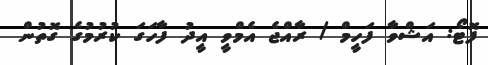
ފޮޓޯ: އަޝްވާ ފަހީމް / ރާއްޖެ އެމްވީ އީދު ފާހަގަ ކުރުމުގެ ގޮތުން